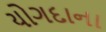
યોગદાના